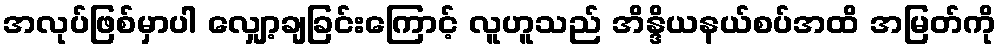
အလုပ်ဖြစ်မှာပါ လျှော့ချခြင်းကြောင့် လူဟူသည် အိန္ဒိယနယ်စပ်အထိ အမြတ်ကို